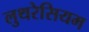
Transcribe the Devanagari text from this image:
लुथरेसियम